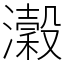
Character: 瀔